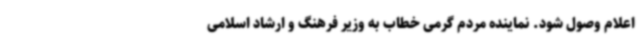
اعلام وصول شود. نماینده مردم گرمی خطاب به وزیر فرهنگ و ارشاد اسلامی